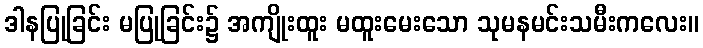
ဒါနပြုခြင်း မပြုခြင်း၌ အကျိုးထူး မထူးမေးသော သုမနမင်းသမီးကလေး။